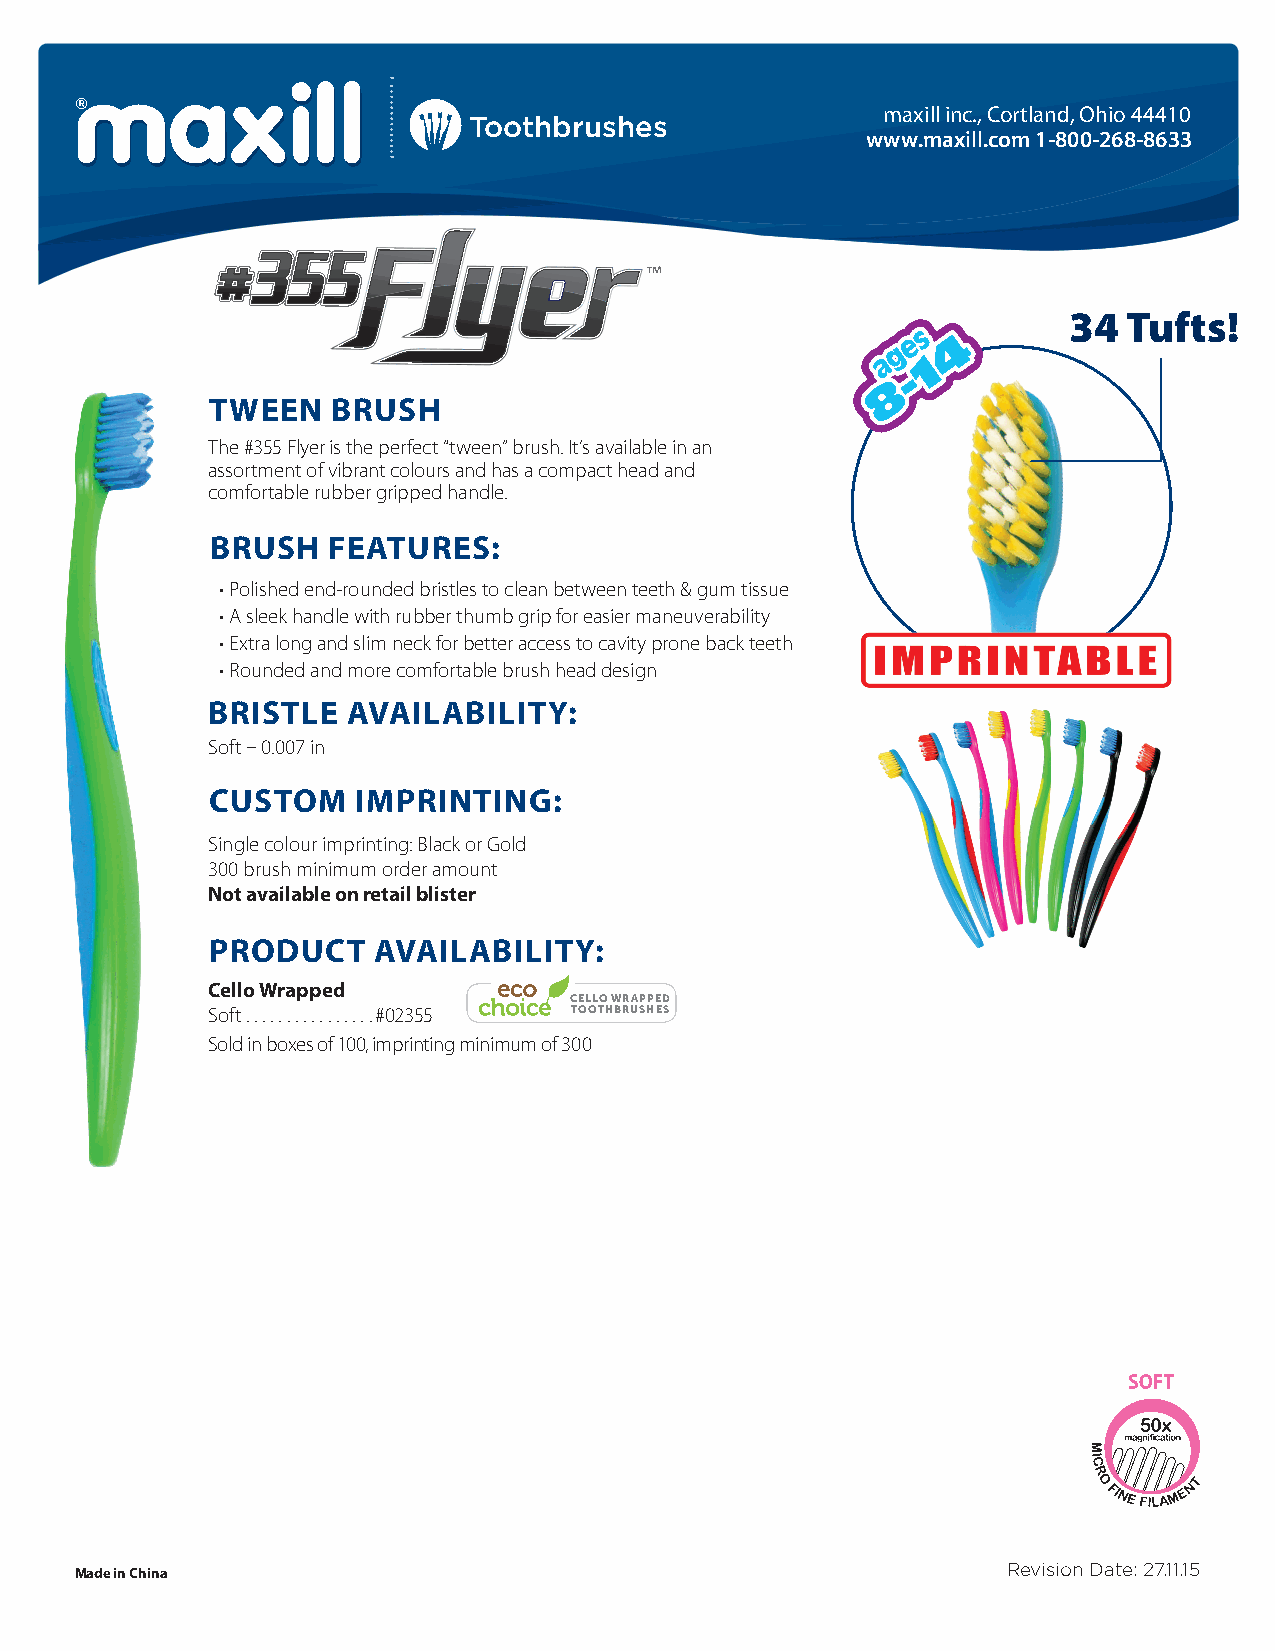
maxill inc., Cortland, Ohio 44410
 Toothbrushes
 www.maxill.com 1-800-268-8633
 34  Tufts!
 TWEEN   BRUSH
 The #355 Flyer is the perfect “tween” brush. It’s available in an
 assortment of vibrant colours and has a compact head and
 comfortable rubber gripped handle.
 BRUSH   FEATURES:
 • Polished end-rounded bristles to clean between teeth & gum tissue
 • A sleek handle with rubber thumb grip for easier maneuverability
 • Extra long and slim neck for better access to cavity prone back teeth
 • Rounded and more comfortable brush head design
 BRISTLE  AVAILABILITY:
 Soft – 0.007 in
 CUSToM   IMpRINTINg:
 Single colour imprinting: Black or Gold
 300 brush minimum order amount
 Not available on retail blister
 pRoDUCT    AVAILABILITY:
 Cello Wrapped
 CELLO WRAPPED
 Soft................#02355 TOOTHBRUSHES
 Sold in boxes of 100, imprinting minimum of 300
 Made in China                                                 Revision Date: 27.11.15